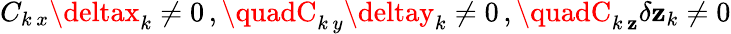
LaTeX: C_{k\, x}\deltax_{k}\neq0\, ,\quadC_{k\, y}\deltay_{k}\neq0\, ,\quadC_{k\, \mathbf{z}}\delta\mathbf{z}_{k}\neq0